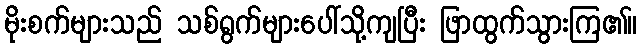
မိုးစက်များသည် သစ်ရွက်များပေါ်သို့ကျပြီး ဖြာထွက်သွားကြ၏။